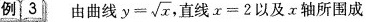
例3 由曲线 $$y= \sqrt{x}$$,直线$$x=2$$以及x轴所围成